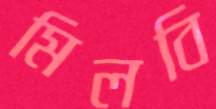
মিলবি